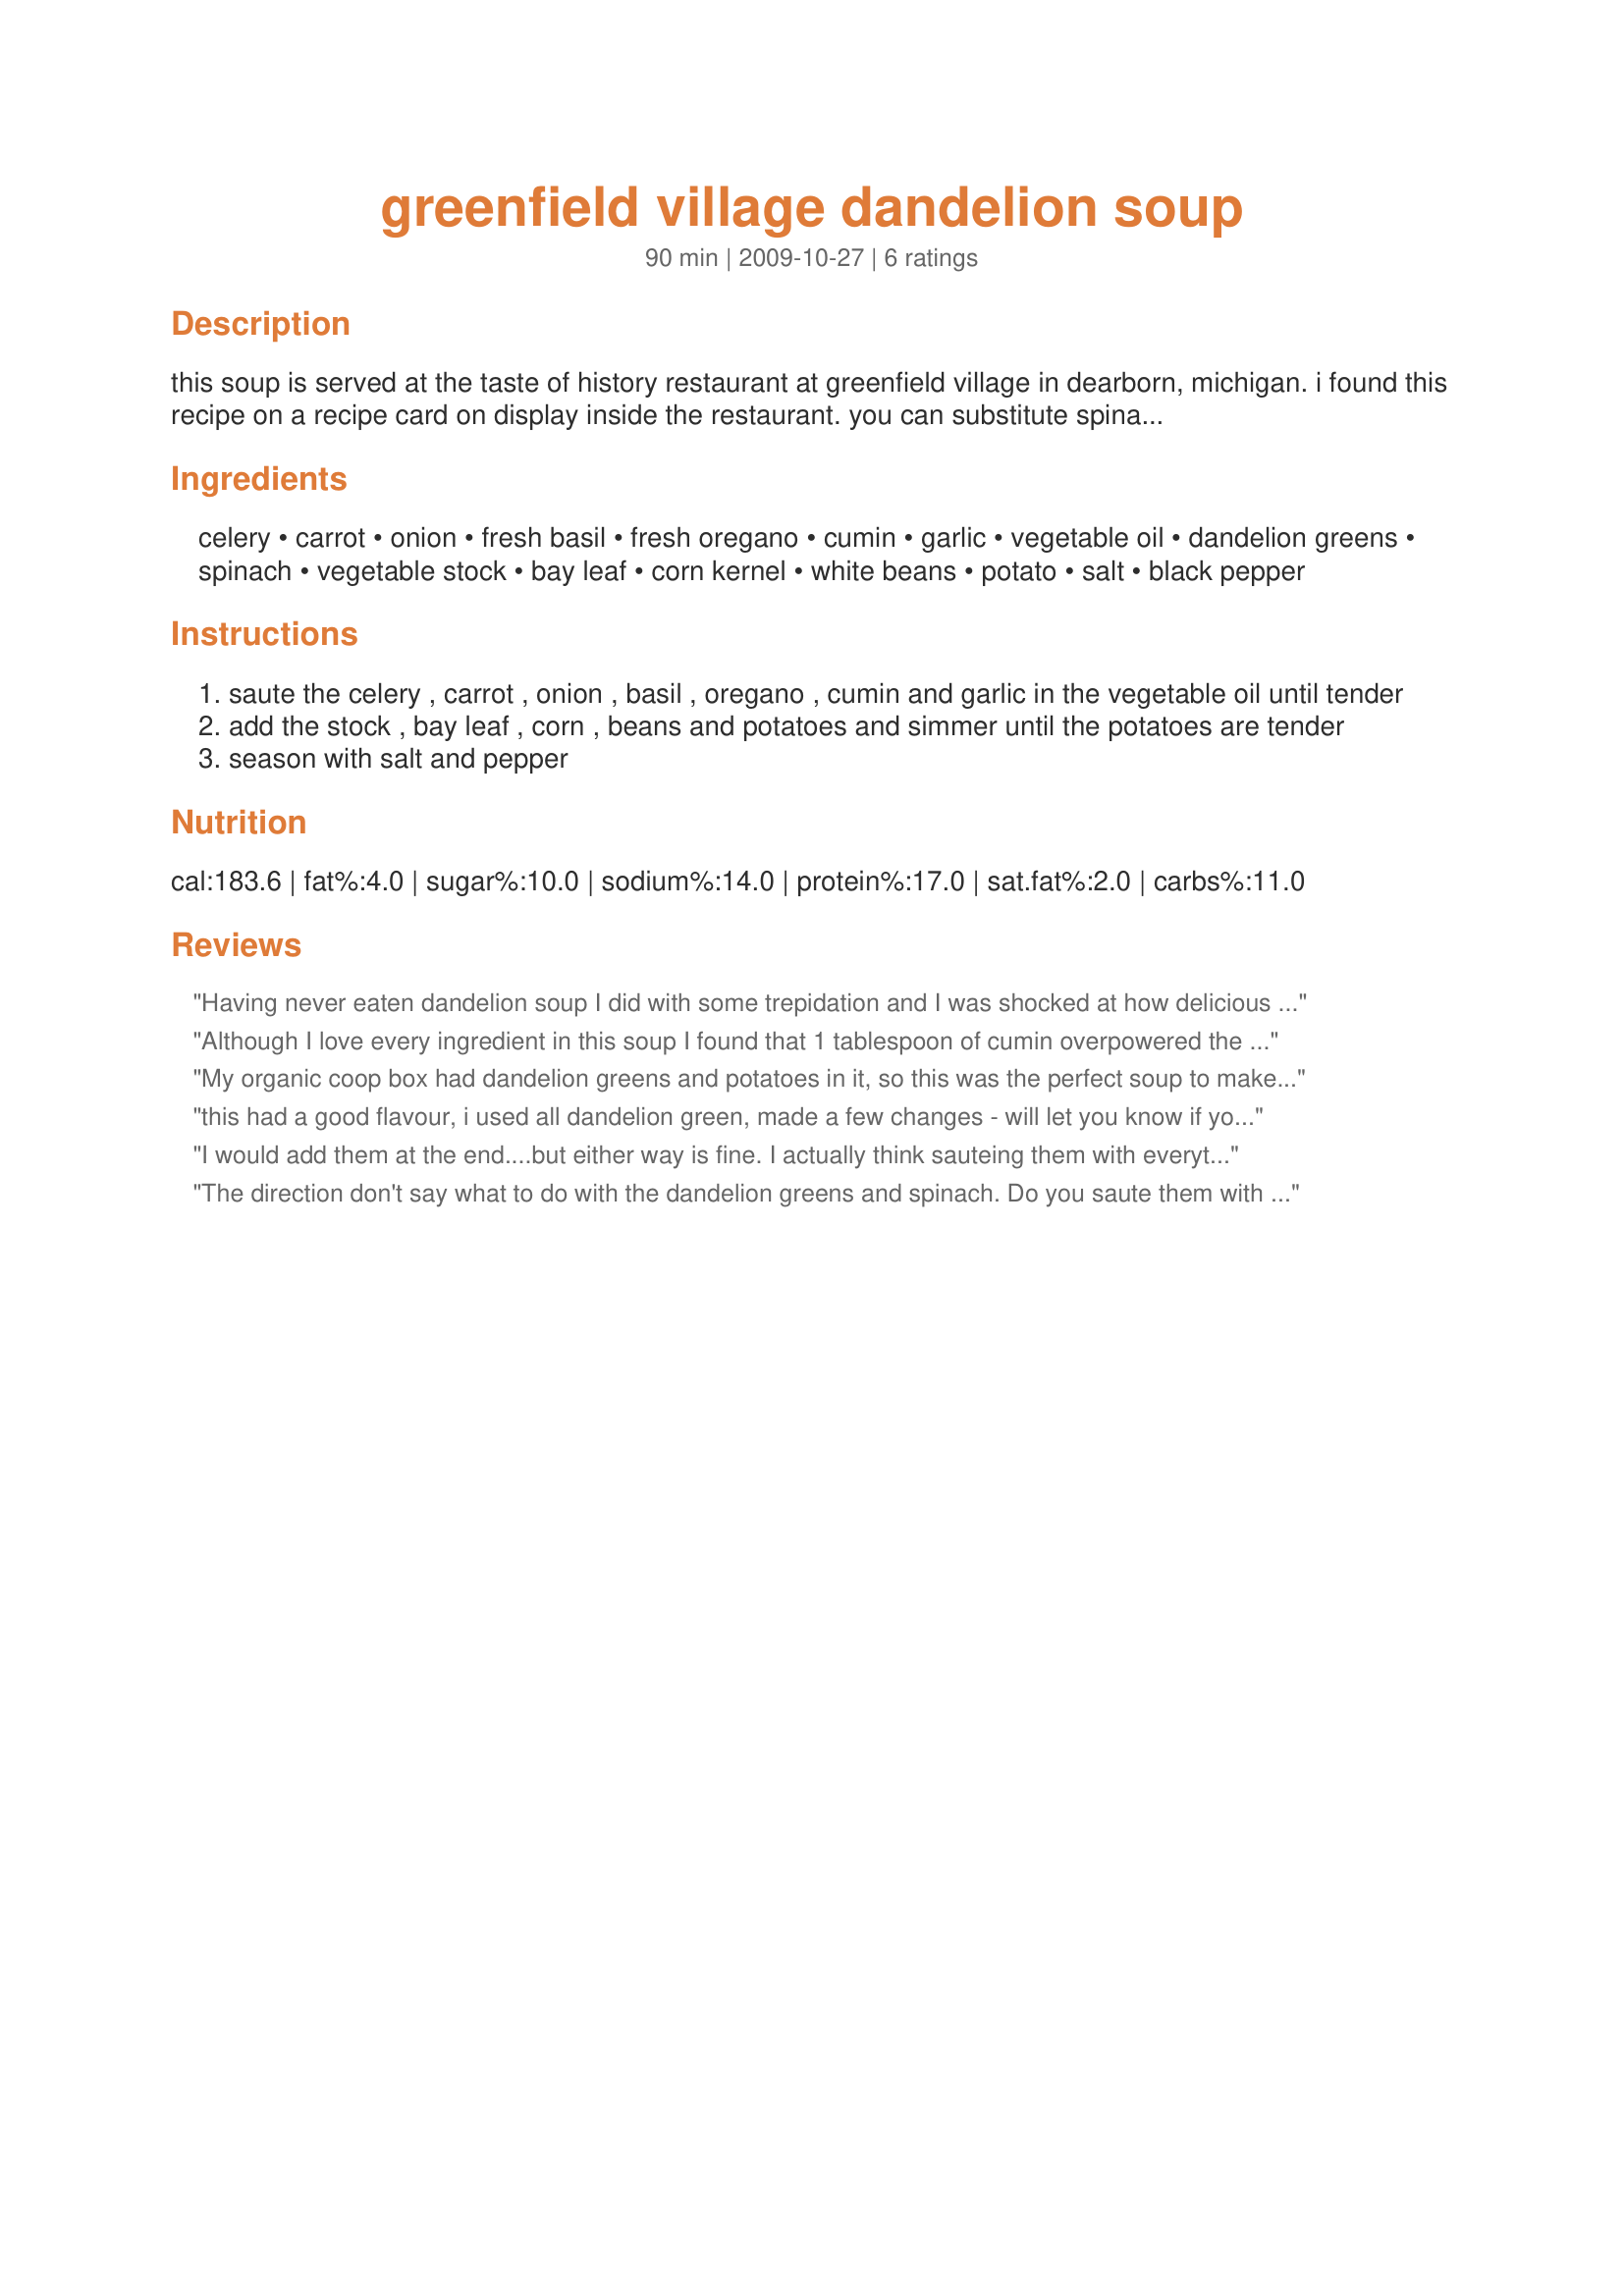
greenfield village dandelion soup
Preparation time: 90 minutes

this soup is served at the taste of history restaurant at greenfield village in dearborn, michigan. i found this recipe on a recipe card on display inside the restaurant. you can substitute spinach for the dandelion greens if they are not available. i usually add more vegetable stock (about 2 to 4 cups) and more corn. dried herbs can substitute for the fresh--use 4 teaspoons dried basil and 2 teaspoons dried oregano.

Ingredients:
celery, carrot, onion, fresh basil, fresh oregano, cumin, garlic, vegetable oil, dandelion greens, spinach, vegetable stock, bay leaf, corn kernel, white beans, potato, salt, black pepper

Steps:
saute the celery , carrot , onion , basil , oregano , cumin and garlic in the vegetable oil until tender
add the stock , bay leaf , corn , beans and potatoes and simmer until the potatoes are tender
season with salt and pepper

Reviews:
Having never eaten dandelion soup I did with some trepidation and I was shocked at how delicious it was!! My children BEG me to make it!!
Although I love every ingredient in this soup I found that 1 tablespoon of cumin overpowered the whole thing. Maybe next time I will only use a pinch instead. I'm thinking about using a beef broth instead of a veggie stock too. I will keep you posted when I do and how the results are.
My organic coop box had dandelion greens and potatoes in it, so this was the perfect soup to make! The cumin really does a great job hiding the bitter of the greens. Love that it's vegan and love the use of the fresh herbs. Thanks for posting!
this had a good flavour, i used all dandelion green, made a few changes - will let you know if you want to get in touch
I would add them at the end....but either way is fine. I actually think sauteing them with everything in the beginning would add some extra flavor to them
The direction don't say what to do with the dandelion greens and spinach. Do you saute them with the carrots, add them with the stock, or add them later?
